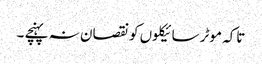
تاکہ موٹر سائیکلوں کو نقصان نہ پہنچے ۔